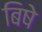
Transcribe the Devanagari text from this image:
बिषे